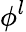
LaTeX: \phi^{l}